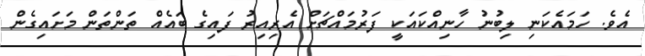
އެވެ. ހަމައެކަނި ލިބުނު ހާނިއްކައަކީ ފަރުމައްޗަށް އެރިއިރު ފައިގެ ބައެއް ތަންތަން މަށައިގެން